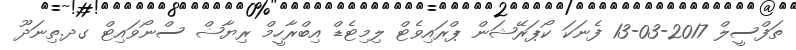
ތަފްސީލް 2017-03-13 ފެނަކަ ކޯޕަރޭޝަން ޕްރައިވެޓް ލިމިޓެޑް އިބްރާހީމް ރިޔާޟް ސްނޯވައިޓް ގދ.ތިނަދޫ